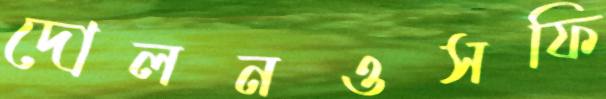
দোলনওসফি